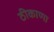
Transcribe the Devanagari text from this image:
ठीकाणा